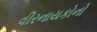
વીરનાયકોનો